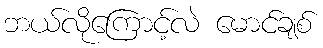
ဘယ်လိုကြောင့်လဲ မောင်ချစ်